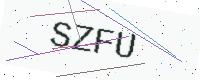
Text: SZFU